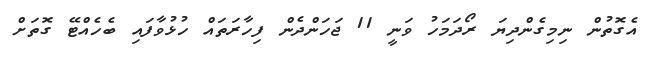
އެގޮތުން ނިމިގެންދިޔަ ރޯދަމަހު ވަނީ 11 ޖަހަންދެން ފިހާރަތައް ހުޅުވާފައި ބެހެއްޓޭ ގޮތަށް